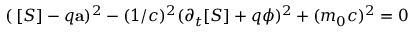
( \mathbf { \nabla } [ S ] - q \mathbf { a } ) ^ { 2 } - ( 1 / c ) ^ { 2 } ( \partial _ { t } [ S ] + q \phi ) ^ { 2 } + ( m _ { 0 } c ) ^ { 2 } = 0